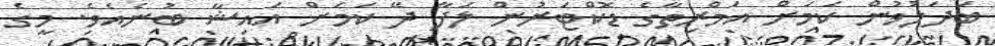
ބަދަލުވުން ކަމަށް އަމްރިތާގެ ޑޮކްޓަރުން ލަފާ ދޭ ކަމަށް އައިޝާ ބުނެއެވެ. މީގެ